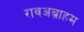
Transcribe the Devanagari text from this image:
रावअब्राहम